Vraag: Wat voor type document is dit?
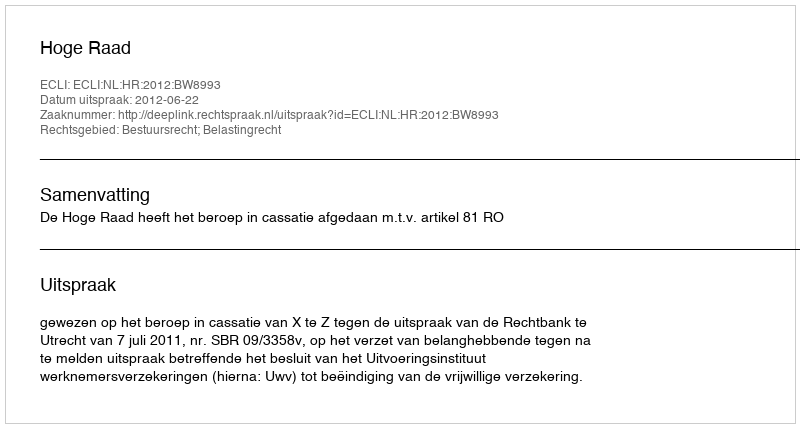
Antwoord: Uitspraak